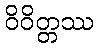
ဝိဝိတ္တဿ